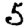
Digit: 5